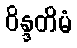
ဝိန္ဒတိမံ